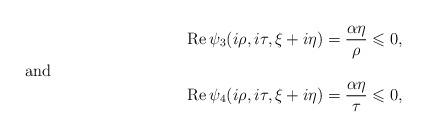
LaTeX: \begin{align*}\operatorname{Re}\psi_3(i\rho,i\tau,\xi+i\eta)=\frac{\alpha\eta}{\rho}\leqslant 0,\shortintertext{and }\operatorname{Re}\psi_4(i\rho,i\tau, \xi+i\eta)=\frac{\alpha\eta}{\tau} \leqslant 0,\end{align*}